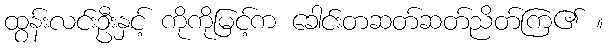
ထွန်းလင်းဦးနှင့် ကိုကိုမြင့်က ခေါင်းတဆတ်ဆတ်ညိတ်ကြ၏ ။